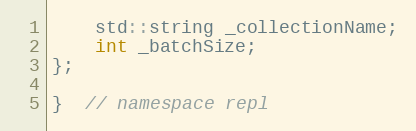
Language: C
    std::string _collectionName;
    int _batchSize;
};

}  // namespace repl